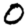
Digit: 0